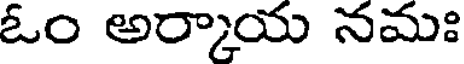
ఓం అర్కాయ నమః